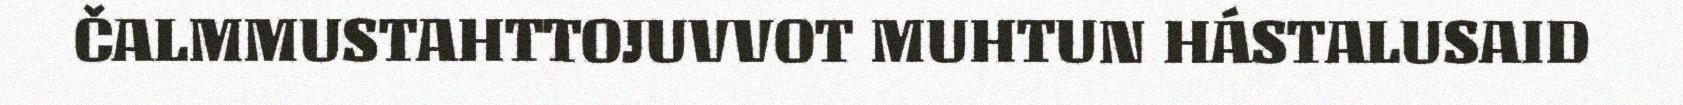
ČALMMUSTAHTTOJUVVOT MUHTUN HÁSTALUSAID